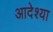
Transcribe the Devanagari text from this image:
आदेश्या